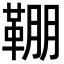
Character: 𩋒